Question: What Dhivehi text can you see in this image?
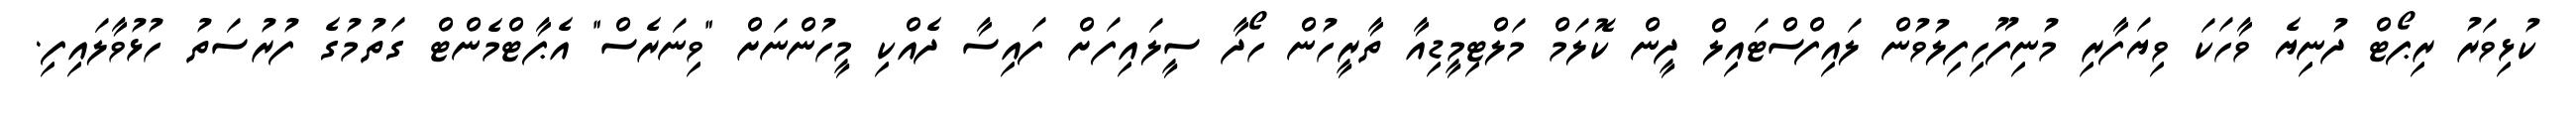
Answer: ކުޅިވަރު ރިޕޯޓް ދުނިޔެ ވާހަކަ ވިޔަފާރި މުނިފޫހިފިލުވުން ލައިފްސްޓައިލް ދީން ކޮލަމް މަލްޓިމީޑިއާ ތާރީހުން ހޯދާ ސީލައިފަށް ފައިސާ ދެއްކި މީހުންނަށް "ވިނަރެސް" އެޕާޓްމެންޓް ގަތުމުގެ ފުރުސަތު ހުޅުވާލައިފި.